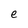
Character: e